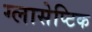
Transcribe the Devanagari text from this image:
ग्लासेप्टिक